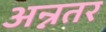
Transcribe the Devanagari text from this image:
अन्नतर